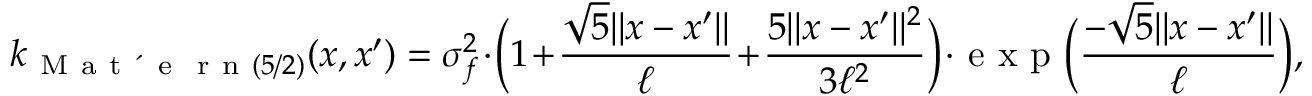
k _ { \mathrm { ~ M ~ a ~ t ~ \' ~ { ~ e ~ } ~ r ~ n ~ } ( 5 / 2 ) } ( \boldsymbol { x } , \boldsymbol { x ^ { \prime } } ) = \sigma _ { f } ^ { 2 } \cdot \Big ( 1 + \frac { \sqrt { 5 } \lVert \boldsymbol { x } - \boldsymbol { x ^ { \prime } } \rVert } { \ell } + \frac { 5 \lVert \boldsymbol { x } - \boldsymbol { x ^ { \prime } } \rVert ^ { 2 } } { 3 \ell ^ { 2 } } \Big ) \cdot \mathrm { ~ e ~ x ~ p ~ } \Big ( \frac { - \sqrt { 5 } \lVert \boldsymbol { x } - \boldsymbol { x ^ { \prime } } \rVert } { \ell } \Big ) ,